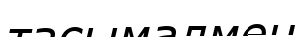
тасымалмен